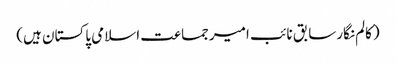
(کالم نگارسابق نائب امیرجماعت اسلامی پاکستان ہیں)